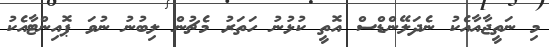
މި ނަތީޖާއާއެކު ނެދަލޭންޑްސް އޮތީ ކުޅުނު ހަތަރު މެޗުން ލިބުނު ނުވަ ޕޮއިންޓާއެކު